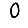
Digit: 0